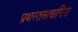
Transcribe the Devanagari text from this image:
प्रथस्तमत्वागिरा